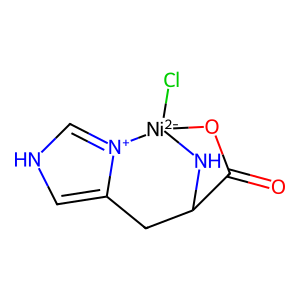
SMILES: O=C1O[Ni-2]2(Cl)NC1Cc1c[nH]c[n+]12
Inhibits HIV replication: No